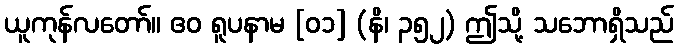
ယူကုန်လတော်။ ဧဝ ရူပနာမ [၀၁] (နိ၊ ၃၅၂) ဤသို့ သဘောရှိသည်